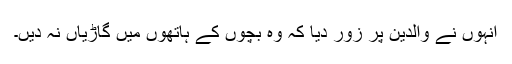
انہوں نے والدین پر زور دیا کہ وہ بچوں کے ہاتھوں میں گاڑیاں نہ دیں۔